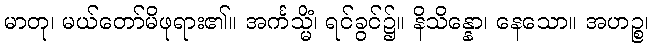
မာတု၊ မယ်တော်မိဖုရား၏။ အင်္ကသ္မိံ၊ ရင်ခွင်၌။ နိသိန္နော၊ နေသော။ အဟဉ္စ၊